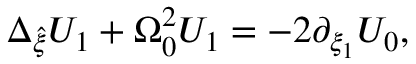
\Delta _ { \hat { \xi } } U _ { 1 } + \Omega _ { 0 } ^ { 2 } U _ { 1 } = - 2 \partial _ { \xi _ { 1 } } U _ { 0 } ,